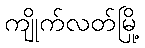
ကျိုက်လတ်မြို့